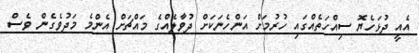
އެއީ ދުޅަހެޔޮ ސިއްހަތެއްގައި ހުރުމަށް އަންހެނަކަށް ދުވާލެއްގެ މައްޗަށް އެންމެ މަދުވެގެން ވެސް